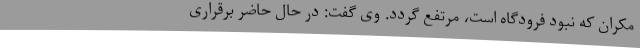
مکران که نبود فرودگاه است، مرتفع گردد. وی گفت: در حال حاضر برقراری